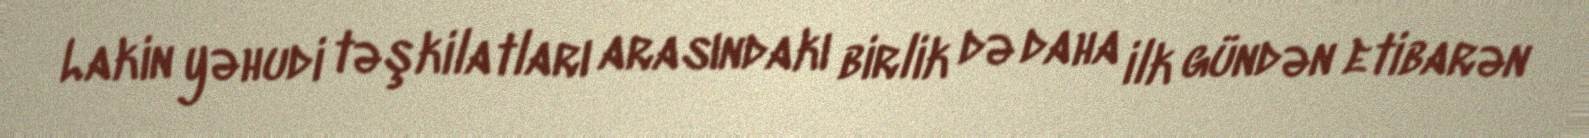
Lakin yəhudi təşkilatları arasındakı birlik də daha ilk gündən etibarən